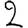
Digit: 2